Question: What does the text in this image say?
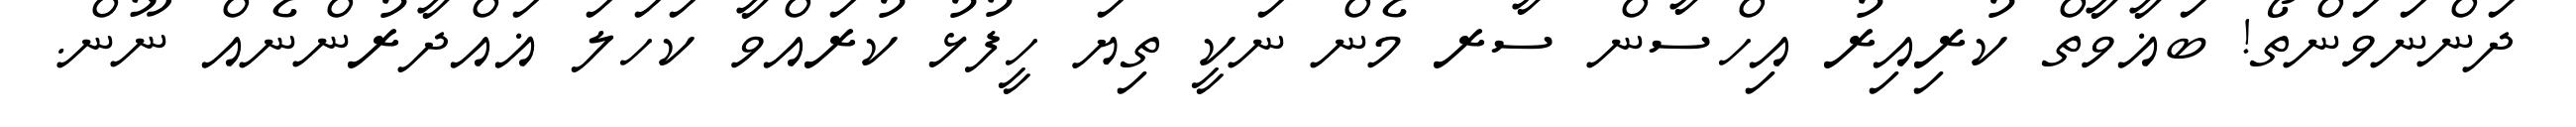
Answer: ދަންނަވަންތޯ! ބަޣާވާތް ކުރިއިރު އިހްސާން ސާރ މެން ނަކީ ތިޔަ ހީފުޅު ކުރައްވާ ކަހަލަ ޣައްދާރުންނެއް ނޫން.